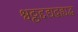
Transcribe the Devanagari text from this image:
श्वठ्ठद्दद्यद्बह्यद्ध